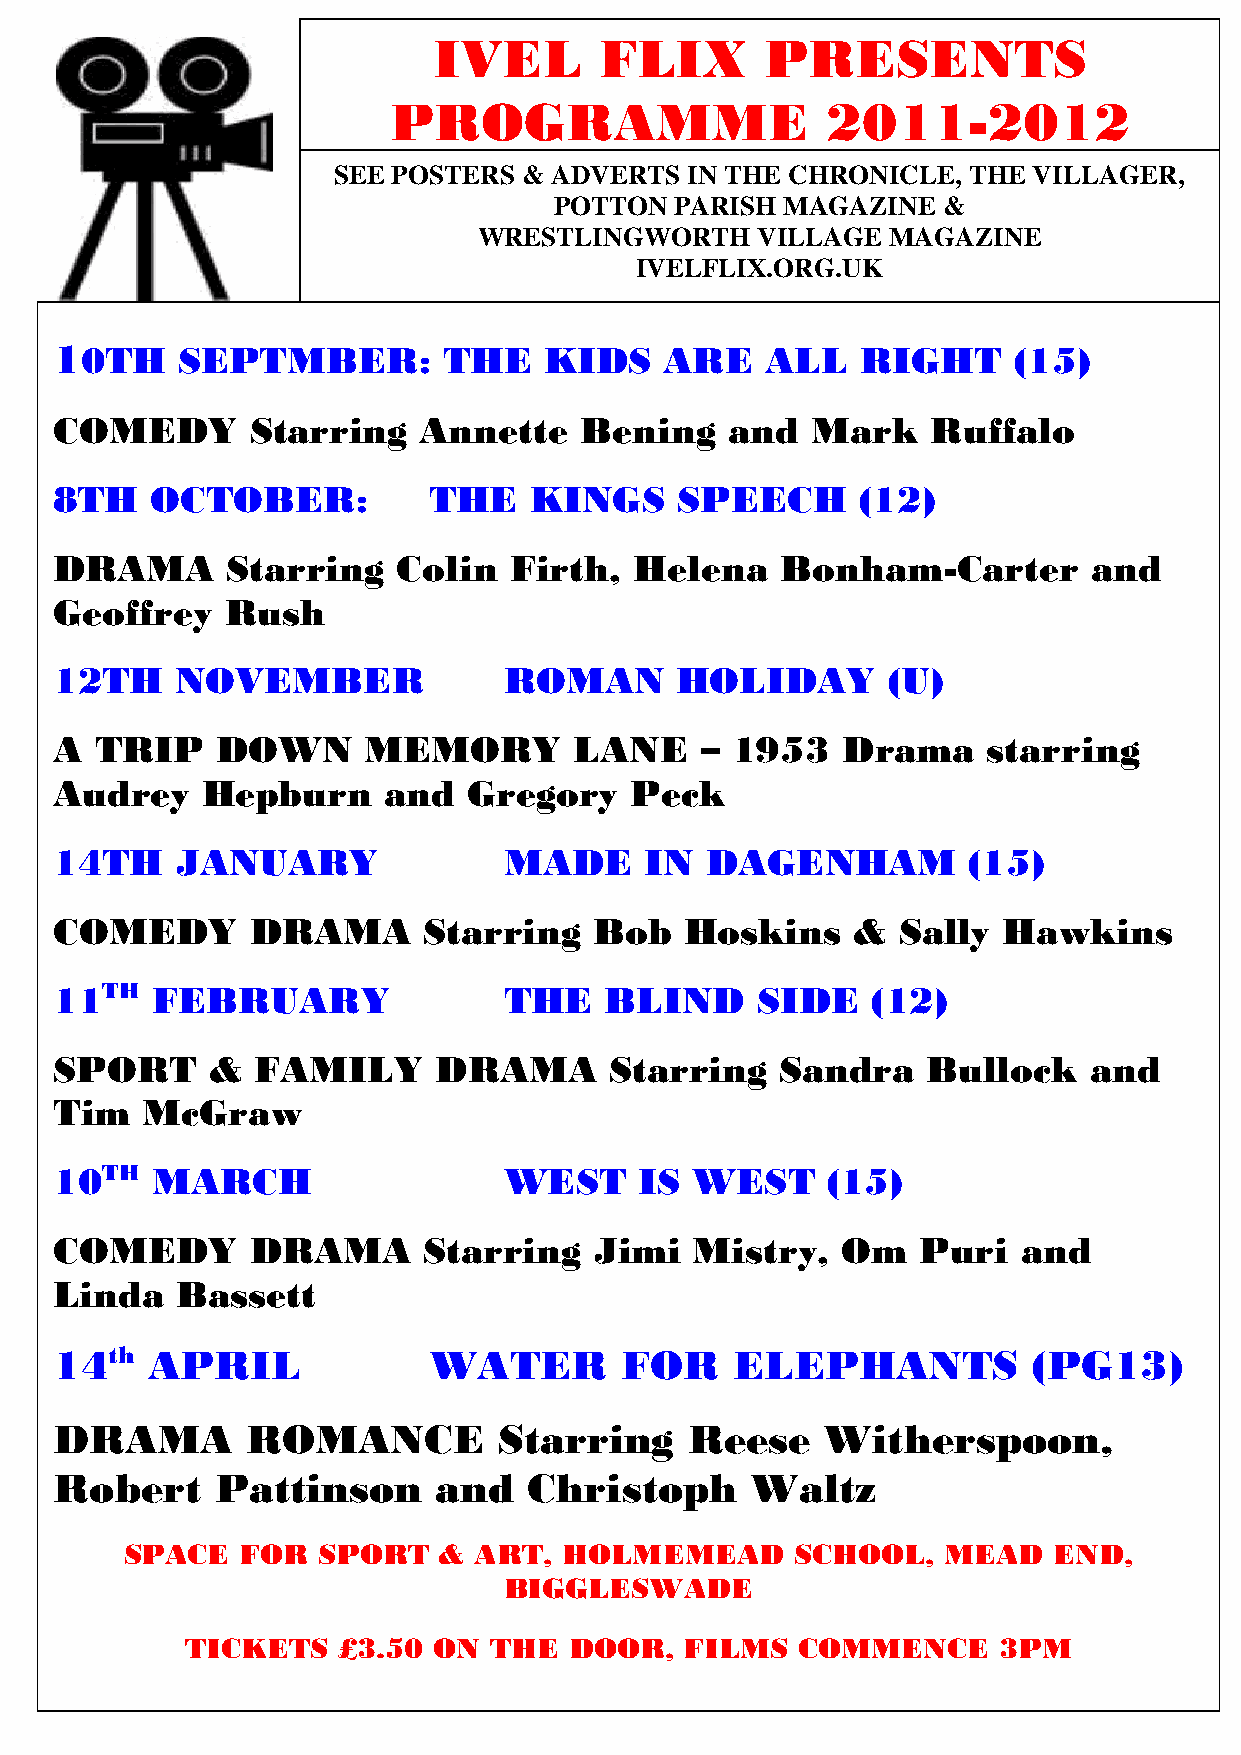
IVEL       FLIX       PRESENTS
 PROGRAMME                    2011-2012
 SEE POSTERS  & ADVERTS  IN THE CHRONICLE, THE VILLAGER,
 POTTON  PARISH MAGAZINE  &
 WRESTLINGWORTH    VILLAGE  MAGAZINE
 IVELFLIX.ORG.UK
 10TH    SEPTMBER:        THE    KIDS    ARE    ALL   RIGHT     (15)
 COMEDY       Starring   Annette   Bening    and   Mark    Ruffalo
 8TH   OCTOBER:          THE    KINGS     SPEECH      (12)
 DRAMA      Starring   Colin   Firth,  Helena    Bonham-Carter       and
 Geoffrey   Rush
 12TH    NOVEMBER             ROMAN       HOLIDAY       (U)
 A TRIP    DOWN      MEMORY        LANE    – 1953    Drama    starring
 Audrey   Hepburn     and   Gregory    Peck
 14TH    JANUARY              MADE      IN  DAGENHAM         (15)
 COMEDY       DRAMA      Starring   Bob   Hoskins    &  Sally  Hawkins
 11TH  FEBRUARY               THE    BLIND     SIDE    (12)
 SPORT     &  FAMILY      DRAMA      Starring    Sandra   Bullock    and
 Tim  McGraw
 10TH  MARCH                  WEST     IS  WEST     (15)
 COMEDY       DRAMA      Starring   Jimi   Mistry,   Om   Puri   and
 Linda   Bassett
 14th  APRIL             WATER        FOR     ELEPHANTS          (PG13)
 DRAMA       ROMANCE          Starring     Reese    Witherspoon,
 Robert    Pattinson      and   Christoph      Waltz
 SPACE   FOR  SPORT   & ART,  HOLMEMEAD       SCHOOL,  MEAD    END,
 BIGGLESWADE
 TICKETS   £3.50  ON THE   DOOR,  FILMS   COMMENCE     3PM